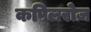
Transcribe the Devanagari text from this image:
कपिलरोज़